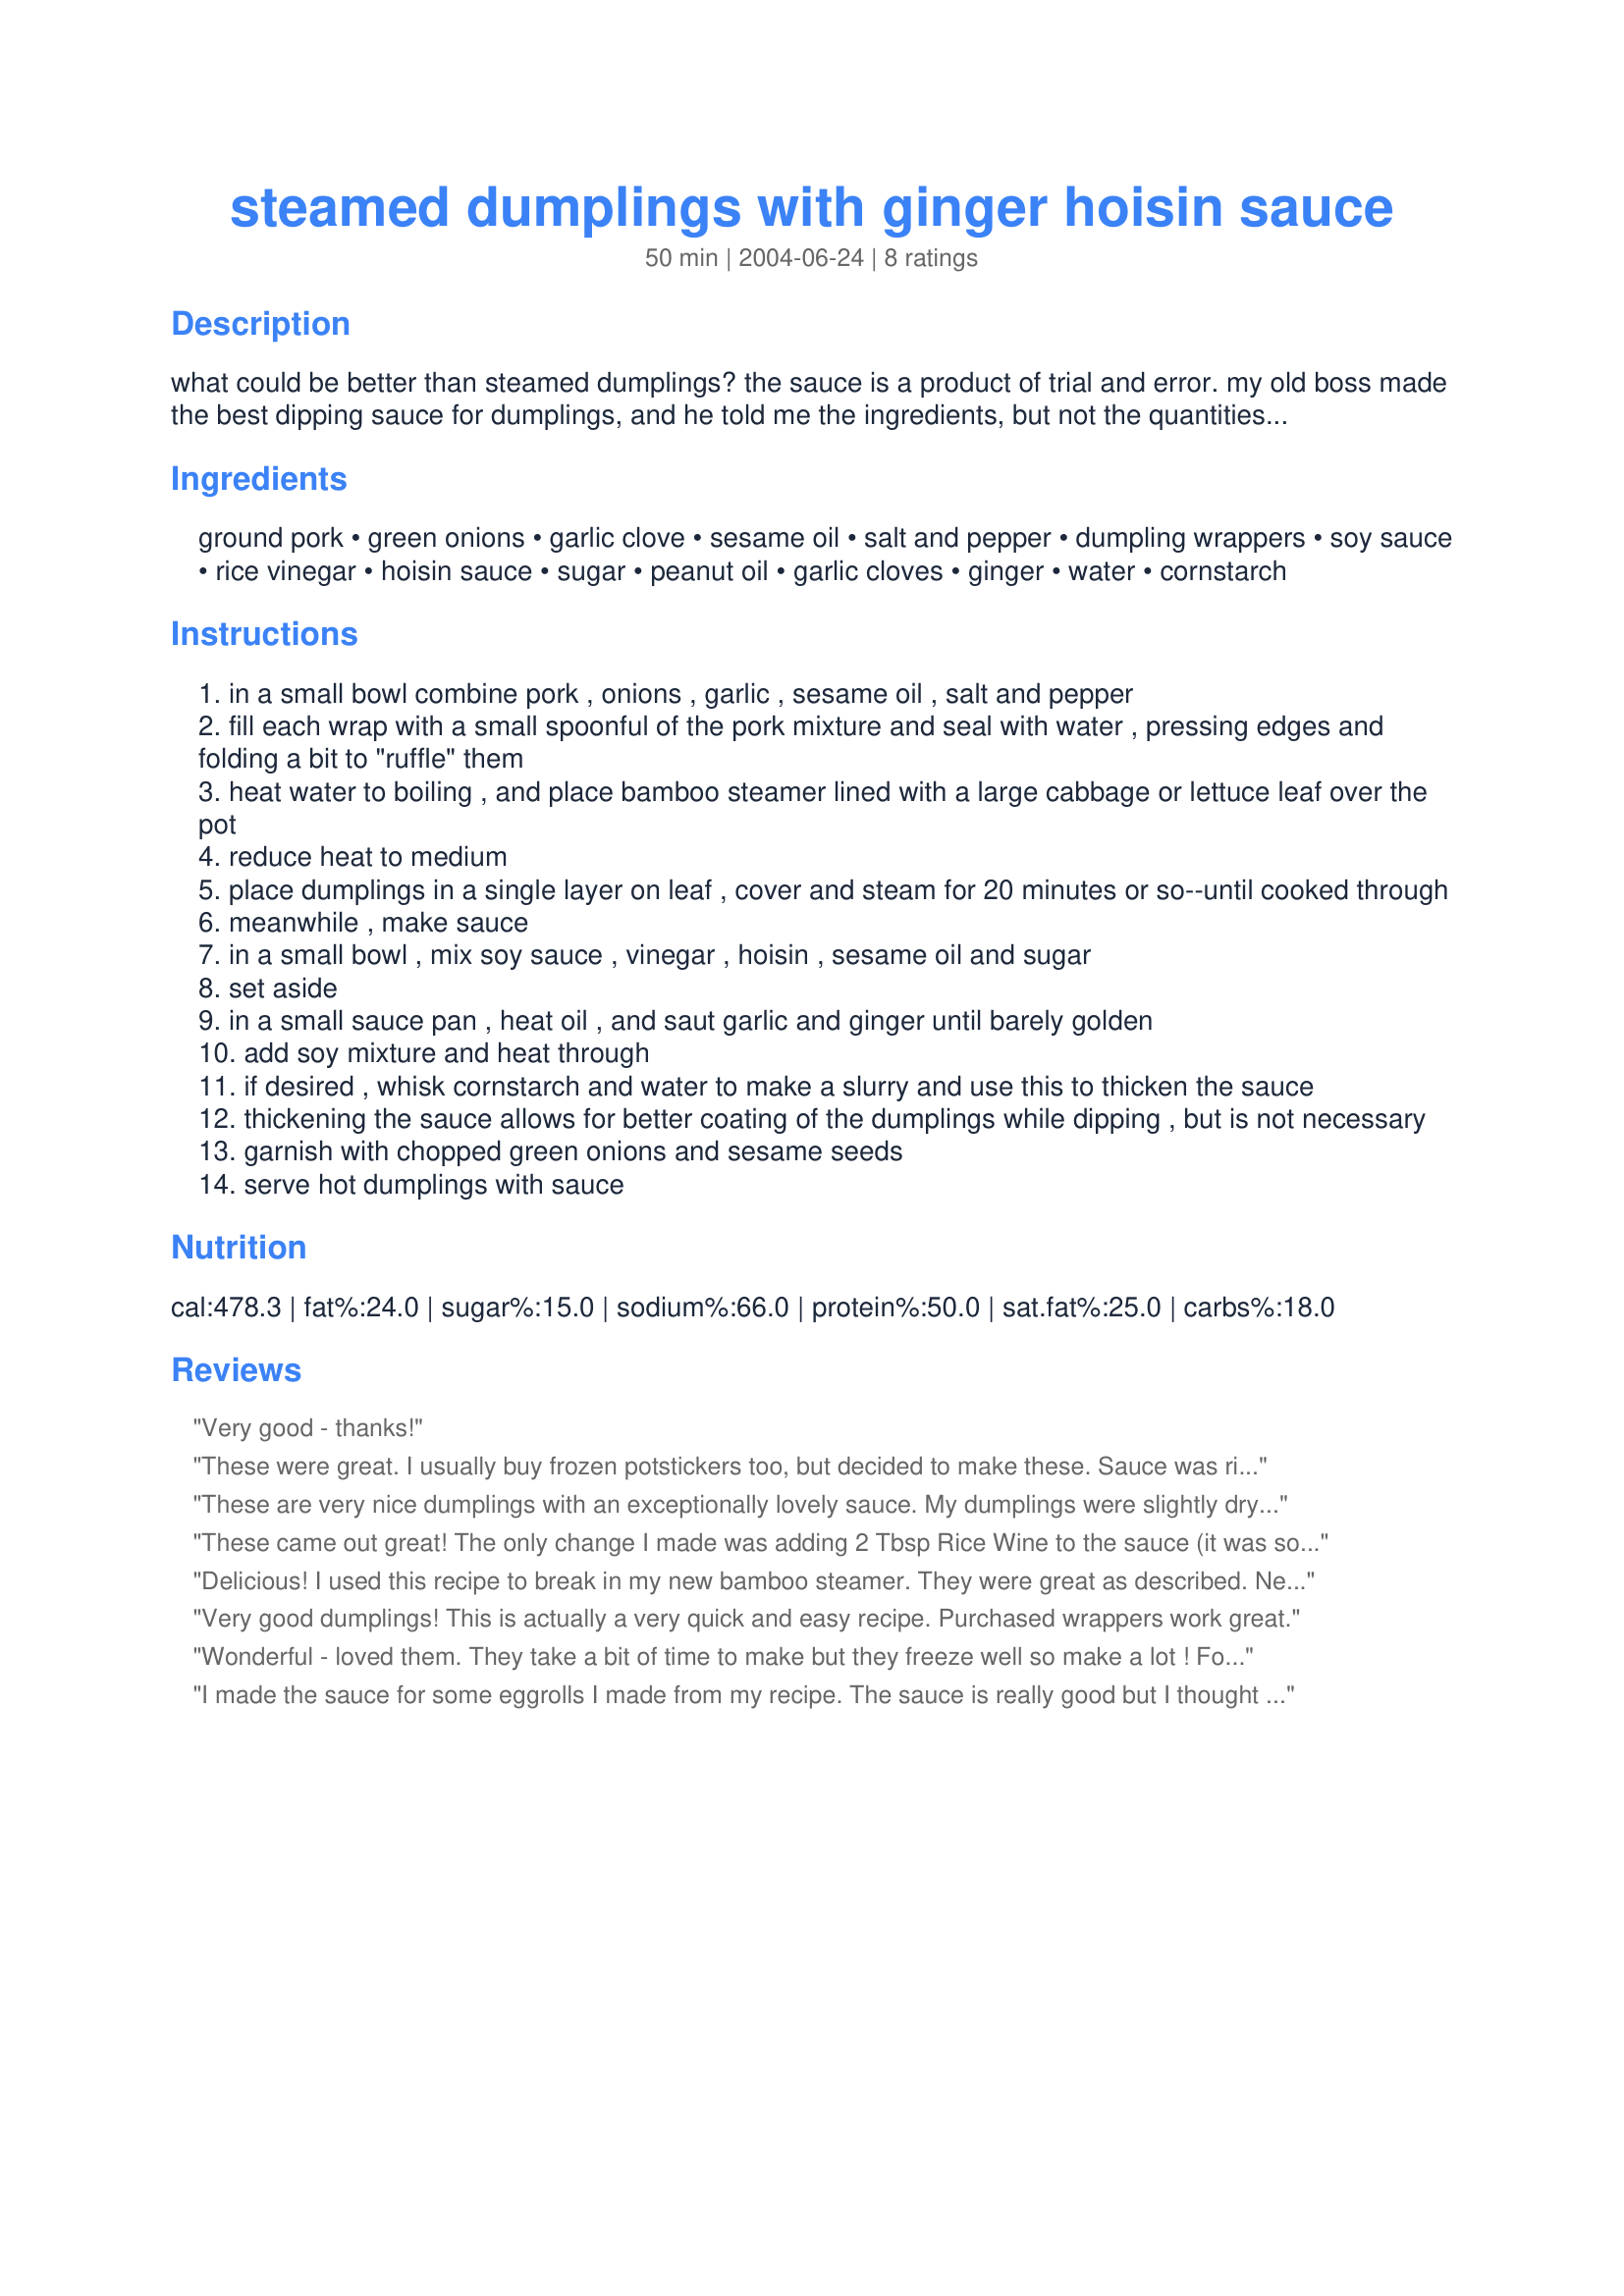
steamed dumplings with ginger hoisin sauce
Preparation time: 50 minutes

what could be better than steamed dumplings? the sauce is a product of trial and error. my old boss made the best dipping sauce for dumplings, and he told me the ingredients, but not the quantities (hehe). this is pretty close. i am often lazy and buy frozen dumplings and then just make the accompanying sauce.

Ingredients:
ground pork, green onions, garlic clove, sesame oil, salt and pepper, dumpling wrappers, soy sauce, rice vinegar, hoisin sauce, sugar, peanut oil, garlic cloves, ginger, water, cornstarch

Steps:
in a small bowl combine pork , onions , garlic , sesame oil , salt and pepper
fill each wrap with a small spoonful of the pork mixture and seal with water , pressing edges and folding a bit to "ruffle" them
heat water to boiling , and place bamboo steamer lined with a large cabbage or lettuce leaf over the pot
reduce heat to medium
place dumplings in a single layer on leaf , cover and steam for 20 minutes or so--until cooked through
meanwhile , make sauce
in a small bowl , mix soy sauce , vinegar , hoisin , sesame oil and sugar
set aside
in a small sauce pan , heat oil , and saut garlic and ginger until barely golden
add soy mixture and heat through
if desired , whisk cornstarch and water to make a slurry and use this to thicken the sauce
thickening the sauce allows for better coating of the dumplings while dipping , but is not necessary
garnish with chopped green onions and sesame seeds
serve hot dumplings with sauce

Reviews:
Very good - thanks!
These were great. I usually buy frozen potstickers too, but decided to make these. Sauce was right on target. I omited the cornstarch and pan fried the dumplings after steaming, but otherwise made the recipe as printed
These are very nice dumplings with an exceptionally lovely sauce. My dumplings were slightly dry but this would have been the cooks (hubby's) fault ;) Maybe next time I'll add some cabbage. I didn't add the cornstarch.
These came out great! The only change I made was adding 2 Tbsp Rice Wine to the sauce (it was somewhat of an accident but I actually think it made the sauce even better) The only thing is that they are time consuming to make - It took 4 store visits and 3 phone calls before I found wonton wrappers and it made a little over 30 of them
Delicious! I used this recipe to break in my new bamboo steamer. They were great as described. Next time, I'll brown a few in a pan to make pot stickers as well. Thanks canarygirl!
Very good dumplings! This is actually a very quick and easy recipe. Purchased wrappers work great.
Wonderful - loved them. They take a bit of time to make but they freeze well so make a lot ! For the sauce a person that was coming for appies does not like Hoisin (what is wrong with this person?) so I left it out and added chile flakes - super.. Also I cooked them a little differently, first I browned them on a pan with just a light touch of oil and them added about 1/4 cup of water, covered the pan and cooked until all the water was gone apprx 10 minutes-great-. Love the recipe thanks canarygirl.
I made the sauce for some eggrolls I made from my recipe. The sauce is really good but I thought it tasted better with a bit of honey, rather than sugar, and a little less soy. Thanks!
